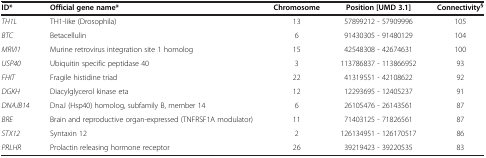
<table><thead><tr><td><b>ID*</b></td><td><b>Official gene name*</b></td><td><b>Chromosome</b></td><td><b>Position [UMD 3.1]</b></td><td><b>Connectivity<sup>§</sup></b></td></tr></thead><tbody><tr><td><i>TH1L</i></td><td>TH1-like (Drosophila)</td><td>13</td><td>57899212 - 57909996</td><td>105</td></tr><tr><td><i>BTC</i></td><td>Betacellulin</td><td>6</td><td>91430305 - 91480129</td><td>104</td></tr><tr><td><i>MRVI1</i></td><td>Murine retrovirus integration site 1 homolog</td><td>15</td><td>42548308 - 42674631</td><td>100</td></tr><tr><td><i>USP40</i></td><td>Ubiquitin specific peptidase 40</td><td>3</td><td>113786837 - 113866952</td><td>93</td></tr><tr><td><i>FHIT</i></td><td>Fragile histidine triad</td><td>22</td><td>41319551 - 42108622</td><td>92</td></tr><tr><td><i>DGKH</i></td><td>Diacylglycerol kinase eta</td><td>12</td><td>12293695 - 12405237</td><td>91</td></tr><tr><td><i>DNAJB14</i></td><td>DnaJ (Hsp40) homolog, subfamily B, member 14</td><td>6</td><td>26105476 - 26143561</td><td>87</td></tr><tr><td><i>BRE</i></td><td>Brain and reproductive organ-expressed (TNFRSF1A modulator)</td><td>11</td><td>71403125 - 71826561</td><td>87</td></tr><tr><td><i>STX12</i></td><td>Syntaxin 12</td><td>2</td><td>126134951 - 126170517</td><td>86</td></tr><tr><td><i>PRLHR</i></td><td>Prolactin releasing hormone receptor</td><td>26</td><td>39219423 - 39220535</td><td>83</td></tr></tbody></table>